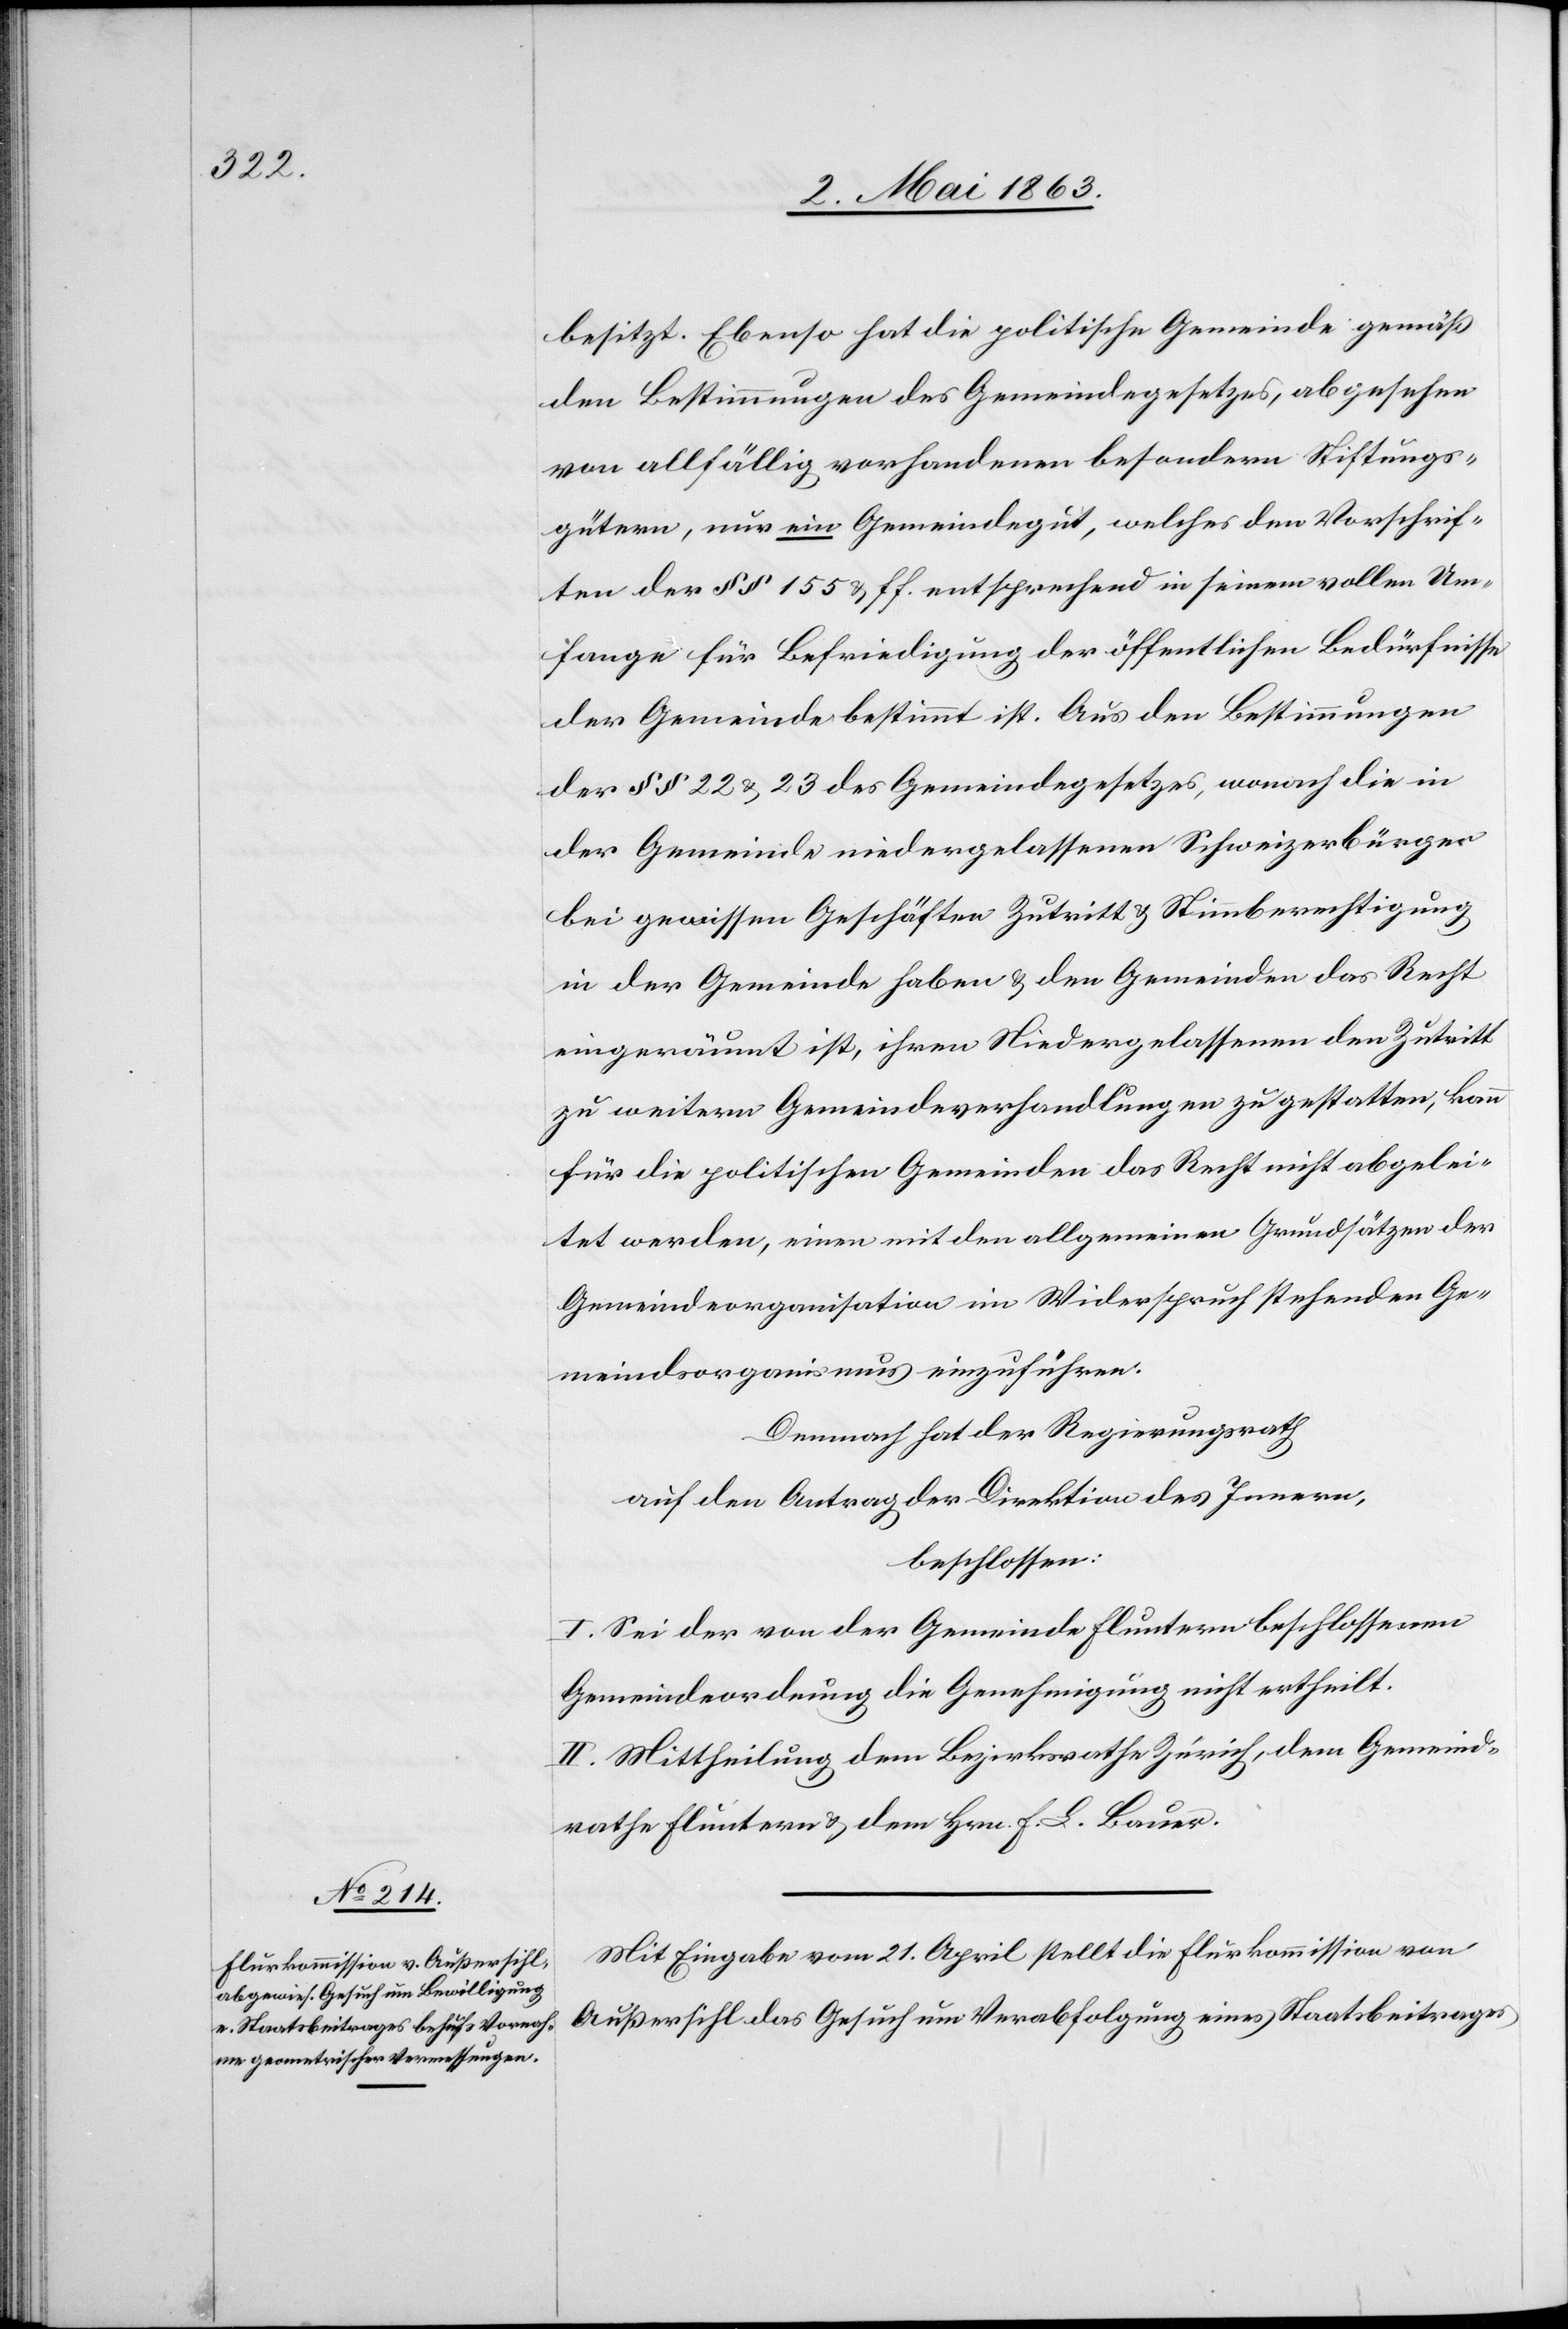
besitzt. Ebenso hat die politische Gemeinde gemäß
den Bestimmungen des Gemeindegesetzes, abgesehen
von allfällig vorhandenen besondern Stiftungs¬
gütern, nur ein Gemeindegut, welches den Vorschrif¬
ten der §§ 155 & ff. entsprechend in seinem vollen Um¬
fange für Befriedigung der öffentlichen Bedürfnisse
der Gemeinde bestimmt ist. Aus den Bestimmungen
der §§ 22 & 23 des Gemeindegesetzes, wonach die in
der Gemeinde niedergelassenen Schweizerbürger
bei gewissen Geschäften Zutritt & Stimmberechtigung
in der Gemeinde haben & den Gemeinden das Recht
eingeräumt ist, ihren Niedergelassenen den Zutritt
zu weitern Gemeindeverhandlungen zu gestatten, kann
für die politischen Gemeinden das Recht nicht abgelei¬
tet werden, einen mit den allgemeinen Grundsätzen der
Gemeindeorganisation im Widerspruch stehenden Ge¬
meindsorganismus einzuführen.
Demnach hat der Regierungsrath
auf den Antrag der Direktion des Innern,
beschlossen:
I. Sei der von der Gemeinde Fluntern beschlossenen
Gemeindeordnung die Genehmigung nicht ertheilt.
II. Mittheilung dem Bezirksrathe Zürich, dem Gemeind¬
rathe Fluntern & dem Hrn. F. L. Bauer.
Mit Eingabe vom 21. April stellt die Flurkommission von
Außersihl das Gesuch um Verabfolgung eines Staatsbeitrages